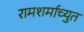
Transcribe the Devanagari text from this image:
रामशर्माच्युत